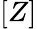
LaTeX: [Z]